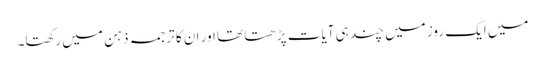
میں ایک روز میں چند ہی آیات پڑھتا تھا اور ان کا ترجمہ ذہن میں رکھتا۔